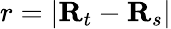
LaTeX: r=|\mathbf R_{t}-\mathbf R_{s}|